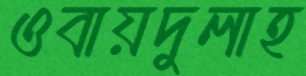
ওবায়দুলাহ